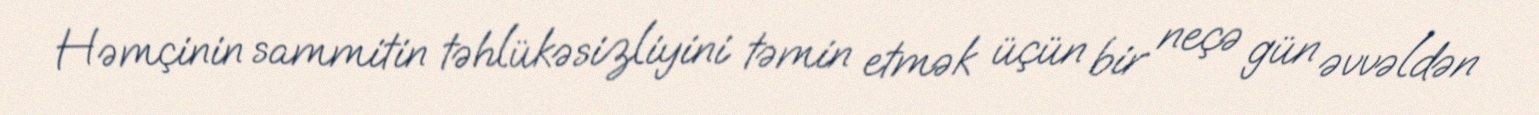
Həmçinin sammitin təhlükəsizliyini təmin etmək üçün bir neçə gün əvvəldən